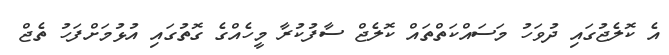
އެ ކޮލެޖުގައި ދުވަހު މަސައްކަތްތައް ކޮލެޖް ސާފުކުރާ މީހެއްގެ ގޮތުގައި އުޅުމަށްފަހު ތެޖް